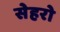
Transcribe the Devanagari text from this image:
सेहरो